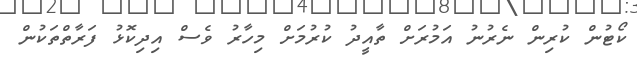
ކޯޓުން ކުރިން ނެރުނު އަމުރަށް ތާއީދު ކުރުމަށް މިހާރު ވެސް އިދިކޮޅު ފަރާތްތަކުން